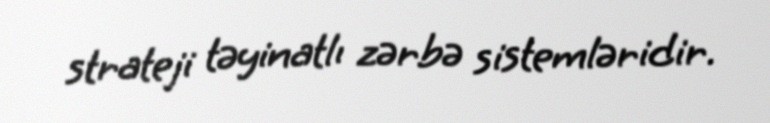
strateji təyinatlı zərbə sistemləridir.